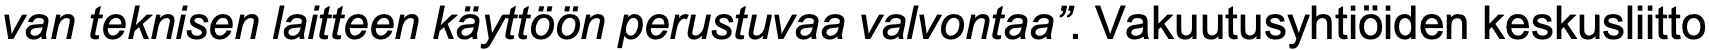
van teknisen laitteen käyttöön perustuvaa valvontaa”. Vakuutusyhtiöiden keskusliitto